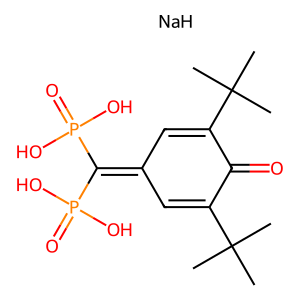
SMILES: CC(C)(C)C1=CC(=C(P(=O)(O)O)P(=O)(O)O)C=C(C(C)(C)C)C1=O.[NaH]
Inhibits HIV replication: No